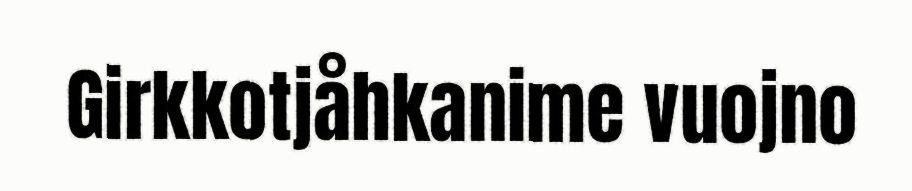
Girkkotjåhkanime vuojno